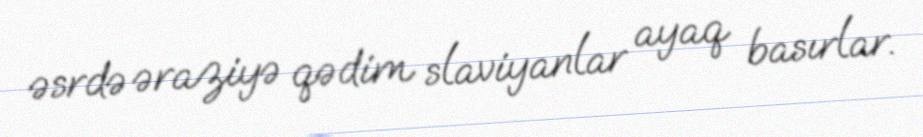
əsrdə əraziyə qədim slaviyanlar ayaq basırlar.